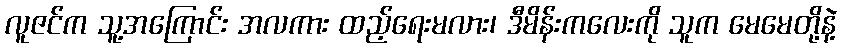
လူဇင်က သူ့အကြောင်း အလကား ထည့်ရေးမလား၊ ဒီမိန်းကလေးကို သူက မေမေတို့နဲ့